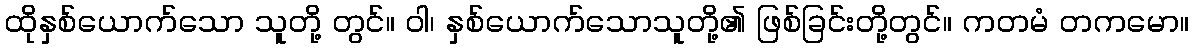
ထိုနှစ်ယောက်သော သူတို့ တွင်။ ဝါ၊ နှစ်ယောက်သောသူတို့၏ ဖြစ်ခြင်းတို့တွင်။ ကတမံ တကမော။